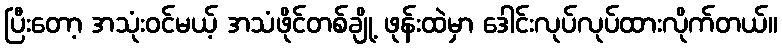
ပြီးတော့ အသုံးဝင်မယ့် အသံဖိုင်တစ်ချို့ ဖုန်းထဲမှာ ဒေါင်းလုပ်လုပ်ထားလိုက်တယ်။